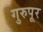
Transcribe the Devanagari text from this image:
गुरुपूर